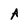
Character: A